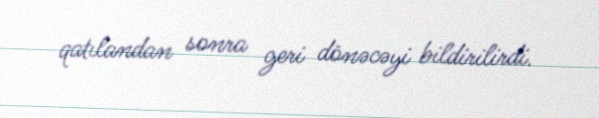
qatılandan sonra geri dönəcəyi bildirilirdi.